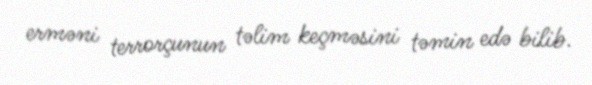
erməni terrorçunun təlim keçməsini təmin edə bilib.